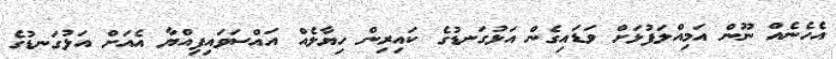
އެހެނެއް ނޫން އަމިއްލަފުޅަށް ވަޑައިގެން އަޅުގަނޑުގެ ކައިރިން ހިޔާލެއް އައްސަވައިފިއްޔާ އެއަށް އަޅުގަނޑުގެ